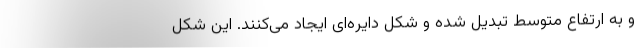
و به ارتفاع متوسط تبدیل شده و شکل دایره‌ای ایجاد می‌کنند. این شکل